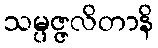
သမ္ပဇ္ဇလိတာနိ